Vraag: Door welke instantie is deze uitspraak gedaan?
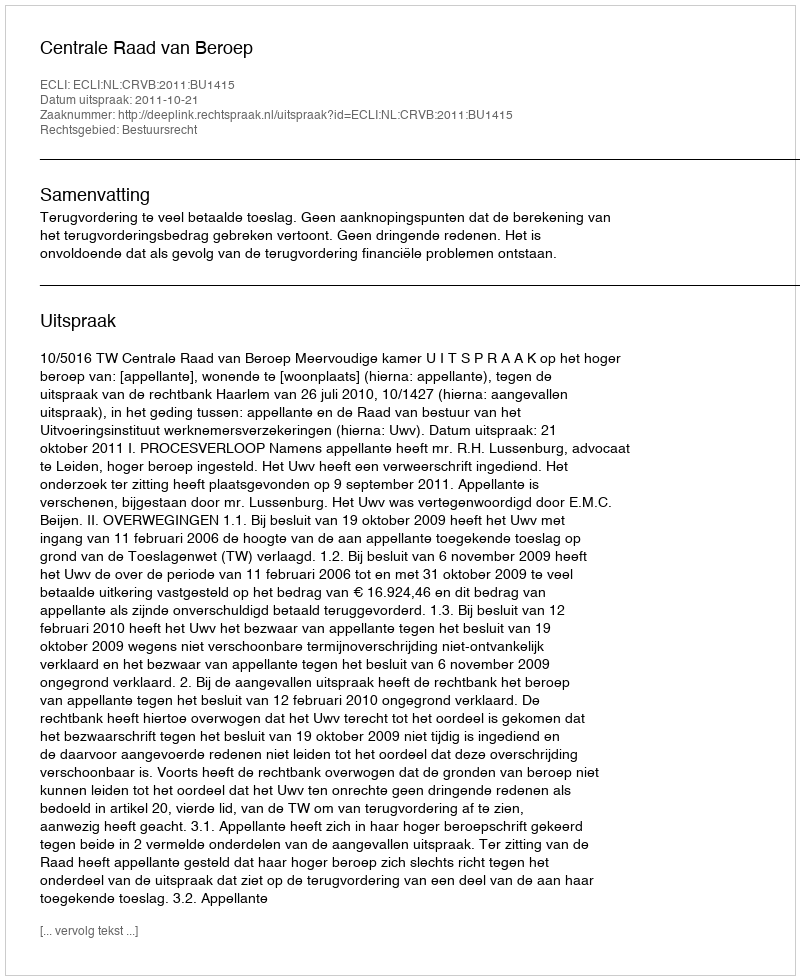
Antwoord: Centrale Raad van Beroep